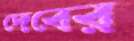
দেবের